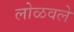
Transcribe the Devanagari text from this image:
लोळवले